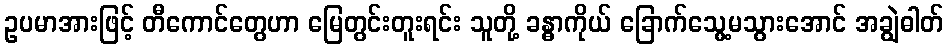
ဥပမာအားဖြင့် တီကောင်တွေဟာ မြေတွင်းတူးရင်း သူတို့ ခန္ဓာကိုယ် ခြောက်သွေ့မသွားအောင် အချွဲဓါတ်